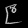
Digit: ၉